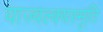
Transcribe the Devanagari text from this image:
याज्‍वल्क्यस्मृति